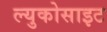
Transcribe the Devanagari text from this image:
ल्युकोसाइट